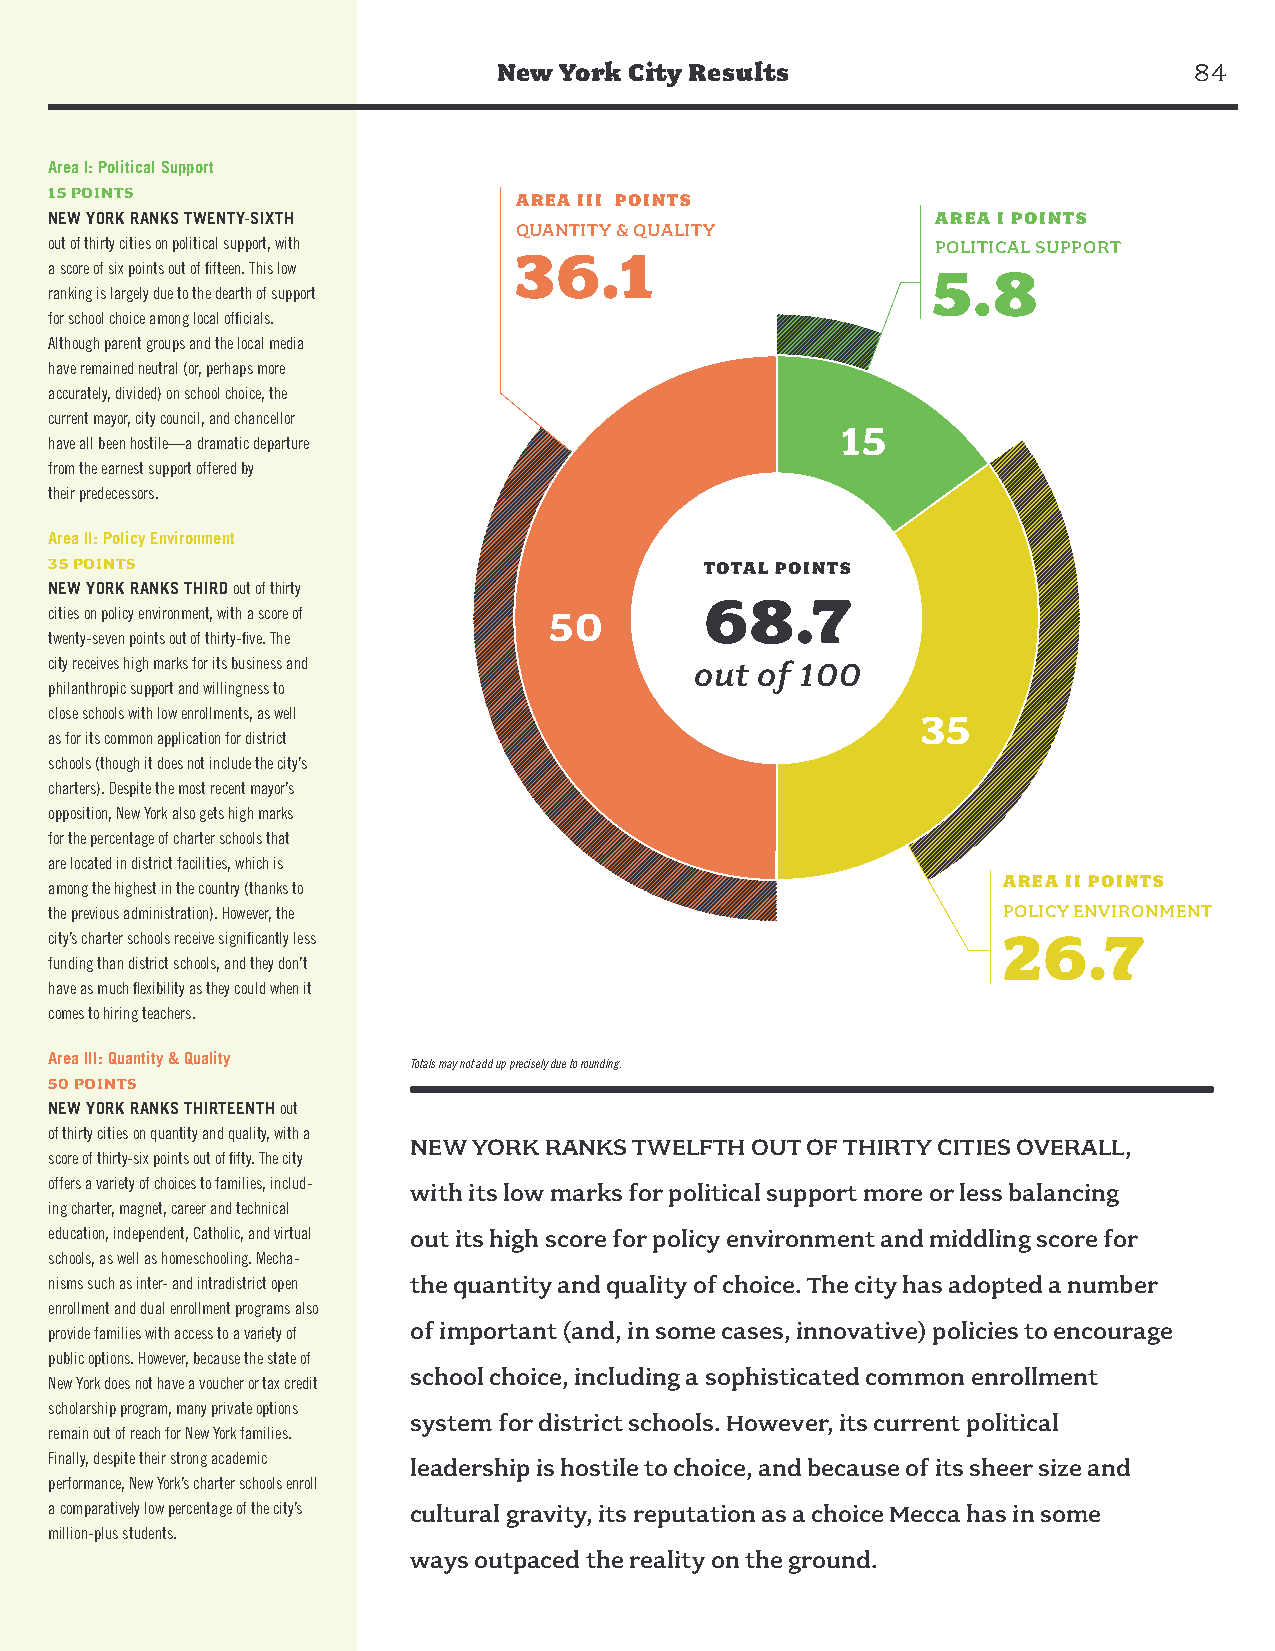
New York City Results                         84
 Area I: Political Support
 15 POINTS
 AREA III POINTS
 NEW YORK RANKS TWENTY-SIXTH                                AREA I POINTS
 QUANTITY & QUALITY
 out of thirty cities on political support, with 36.1       POLITICAL SUPPORT
 a score of six points out of fifteen. This low             5.8
 ranking is largely due to the dearth of support
 for school choice among local officials.
 Although parent groups and the local media
 have remained neutral (or, perhaps more
 accurately, divided) on school choice, the
 current mayor, city council, and chancellor
 15
 have all been hostile—a dramatic departure
 from the earnest support offered by
 their predecessors.
 Area II: Policy Environment
 35 POINTS                                   TOTAL POINTS
 NEW YORK RANKS THIRD out of thirty
 68.7
 cities on policy environment, with a score of 50
 twenty-seven points out of thirty-five. The
 city receives high marks for its business and out of 100
 philanthropic support and willingness to
 close schools with low enrollments, as well               35
 as for its common application for district
 schools (though it does not include the city’s
 charters). Despite the most recent mayor’s
 opposition, New York also gets high marks
 for the percentage of charter schools that
 are located in district facilities, which is
 AREA II POINTS
 among the highest in the country (thanks to
 the previous administration). However, the                     POLICY ENVIRONMENT
 city’s charter schools receive significantly less              26.7
 funding than district schools, and they don’t
 have as much flexibility as they could when it
 comes to hiring teachers.
 Area III: Quantity & Quality
 Totals may not add up precisely due to rounding.
 50 POINTS
 NEW YORK RANKS THIRTEENTH out
 of thirty cities on quantity and quality, with a
 NEW YORK RANKS TWELFTH OUT OF THIRTY CITIES OVERALL,
 score of thirty-six points out of fifty. The city
 offers a variety of choices to families, includ- with its low marks for political support more or less balancing
 ing charter, magnet, career and technical
 education, independent, Catholic, and virtual out its high score for policy environment and middling score for
 schools, as well as homeschooling. Mecha-
 nisms such as inter- and intradistrict open the quantity and quality of choice. The city has adopted a number
 enrollment and dual enrollment programs also
 of important (and, in some cases, innovative) policies to encourage
 provide families with access to a variety of
 public options. However, because the state of
 school choice, including a sophisticated common enrollment
 New York does not have a voucher or tax credit
 scholarship program, many private options
 system for district schools. However, its current political
 remain out of reach for New York families.
 Finally, despite their strong academic leadership is hostile to choice, and because of its sheer size and
 performance, New York’s charter schools enroll
 a comparatively low percentage of the city’s cultural gravity, its reputation as a choice Mecca has in some
 million-plus students.
 ways outpaced the reality on the ground.